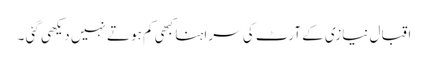
اقبال نیازی کے آرٹ کی سراہنا کبھی کم ہوتے نہیں دیکھی گئی ۔